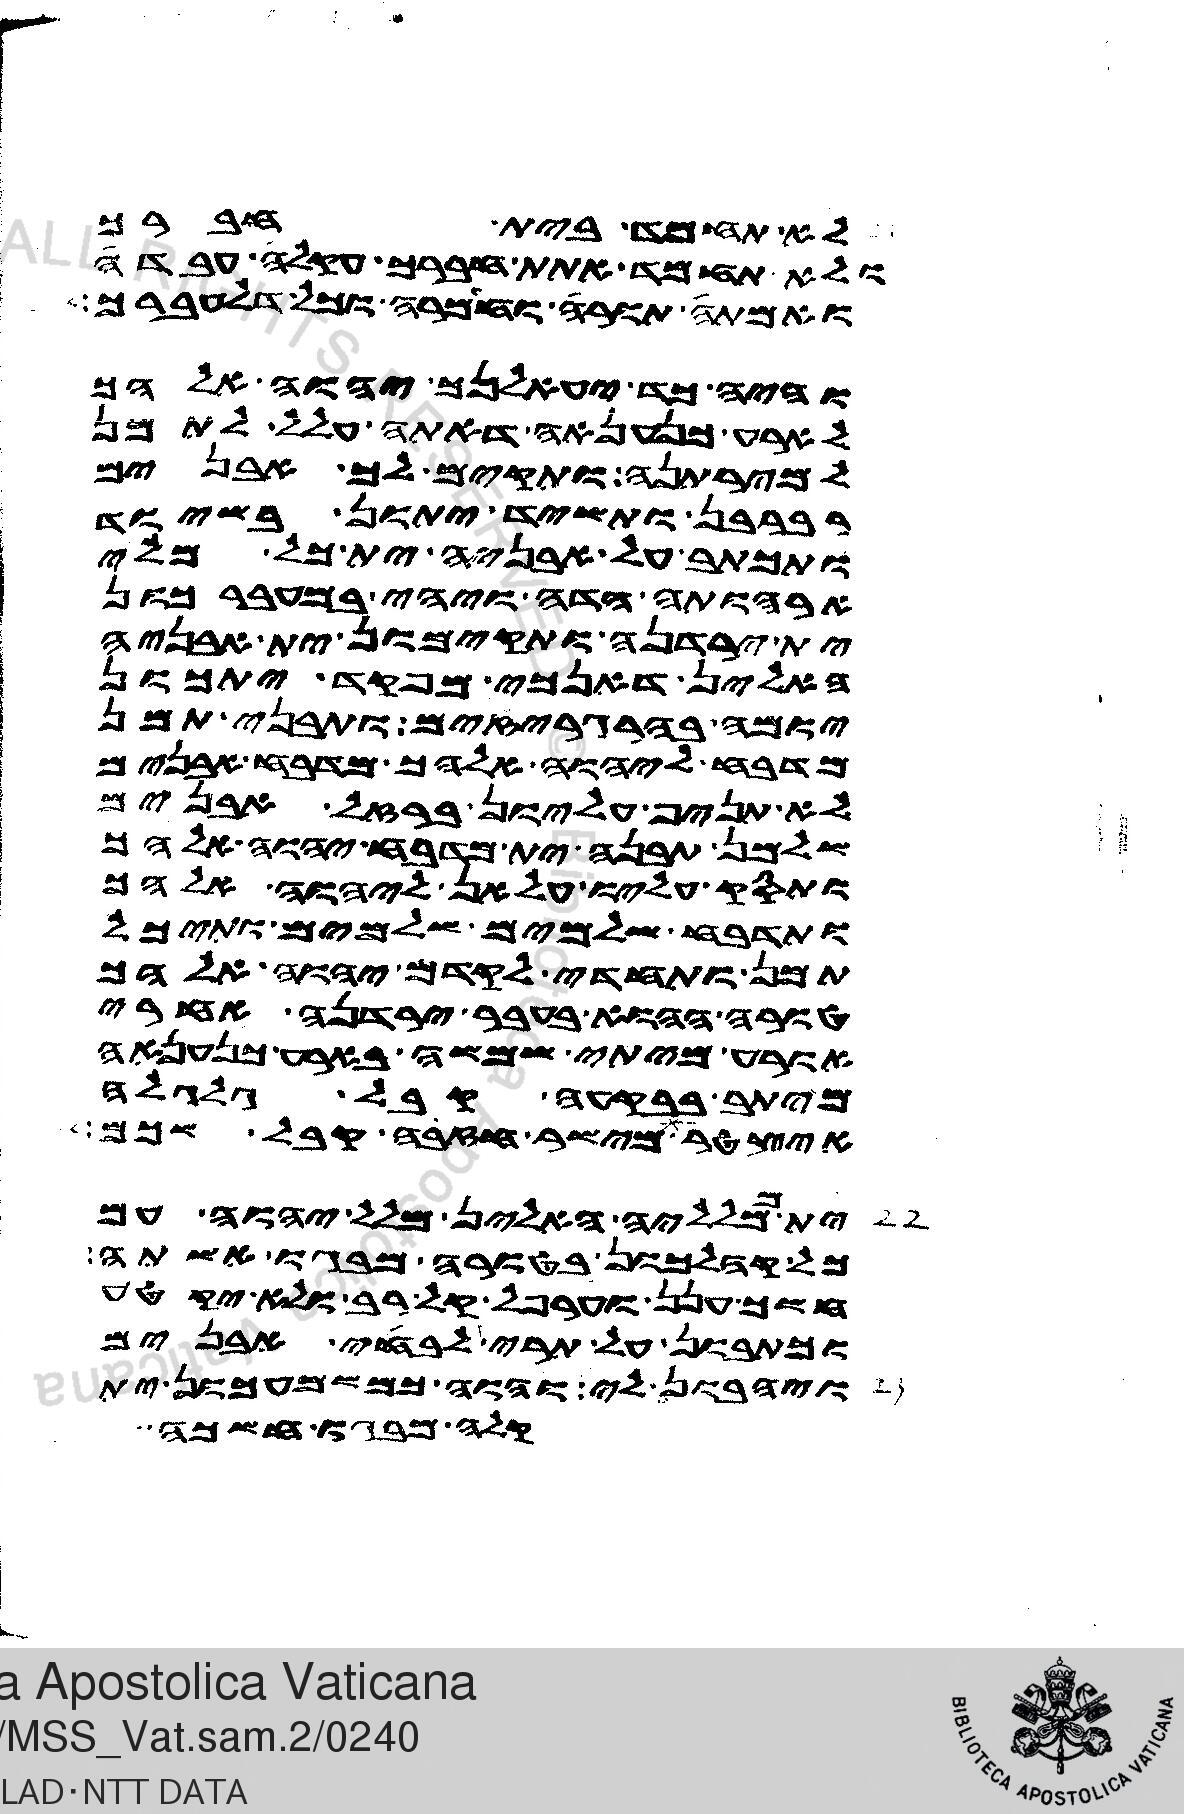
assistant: לא תחמד בית חברך
ולא תחמד אתת חברך עקלה עבדה
ואמתה תורה וחמרה וכל דלעברך
והי כד יעאלנך יהוה אלהך
לארע כנענאה דאתה עלל לתמן
למירתנה ותקים לך אבנים
רברבן ותשיד יתון בשיוד
ותכתב על אבניה ית כל מלי
ארהותה הדה ויהי במעברכון
ית ירדנה ותקימון ית אבניה
האלין דאנכי מפקד יתכון
יומה בהרגריזים ותבני תמן
מדבח ליהוה אלהך מדבח אבנים
לא תניף עליון ברזל אבנים
שלמן תבנה ית מדבח יהוה אלהך
ותסק עליו עלאן ליהוה אלהך
ותדבח שלמים שלמים ותיכל
תמן ותחדי לקדם יהוה אלהך
טורה ההוא בעבר ירדנה אחרי
אורע מיתי שמשה בארע כנענאה
מיתב בבקעה קבל גלגלה
איצטר מישר חזבה קבל שכם
ית ממלליה האלין מלל יהוה עם
כל קהלכון בטורה מבגו אשתה
חשך ענן וערפל קל רב ולא יקטע
וכתבון על תרי לוחי אבנים
ויהבון לי והוה כמשמעכון ית
קלה מבגו חשכה